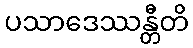
ပသာဒေဿန္တီတိ